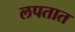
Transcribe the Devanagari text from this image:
लपतात